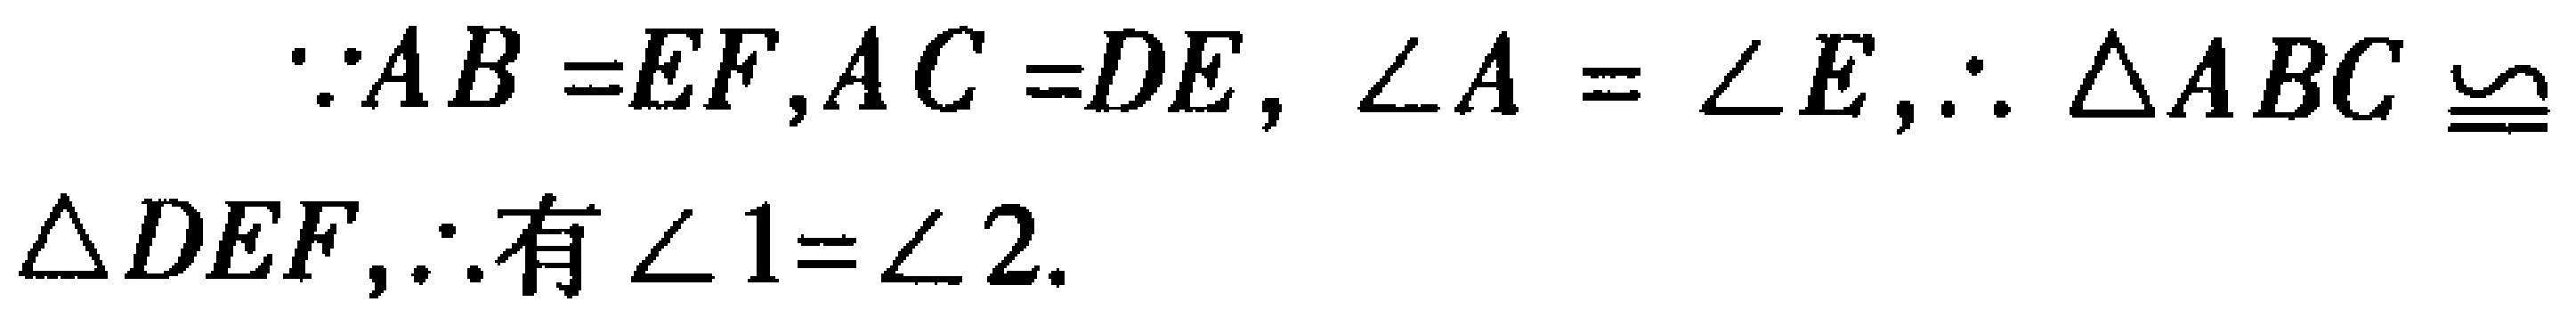
\(\because AB = EF,AC = DE, \angle A=\angle E,\therefore \triangle ABC\cong \triangle DEF,\therefore 有\angle 1 = \angle 2.\)